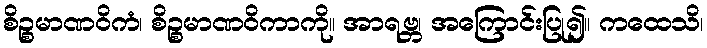
စိဉ္စမာဏဝိကံ၊ စိဉ္စမာဏဝိကာကို။ အာရဗ္ဘ၊ အကြောင်းပြု၍။ ကထေသိ၊